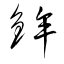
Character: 鉾